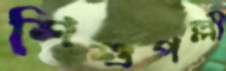
শিশুপল্লী